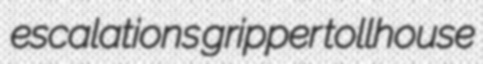
escalations gripper tollhouse